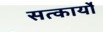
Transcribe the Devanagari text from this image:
सत्कार्यो